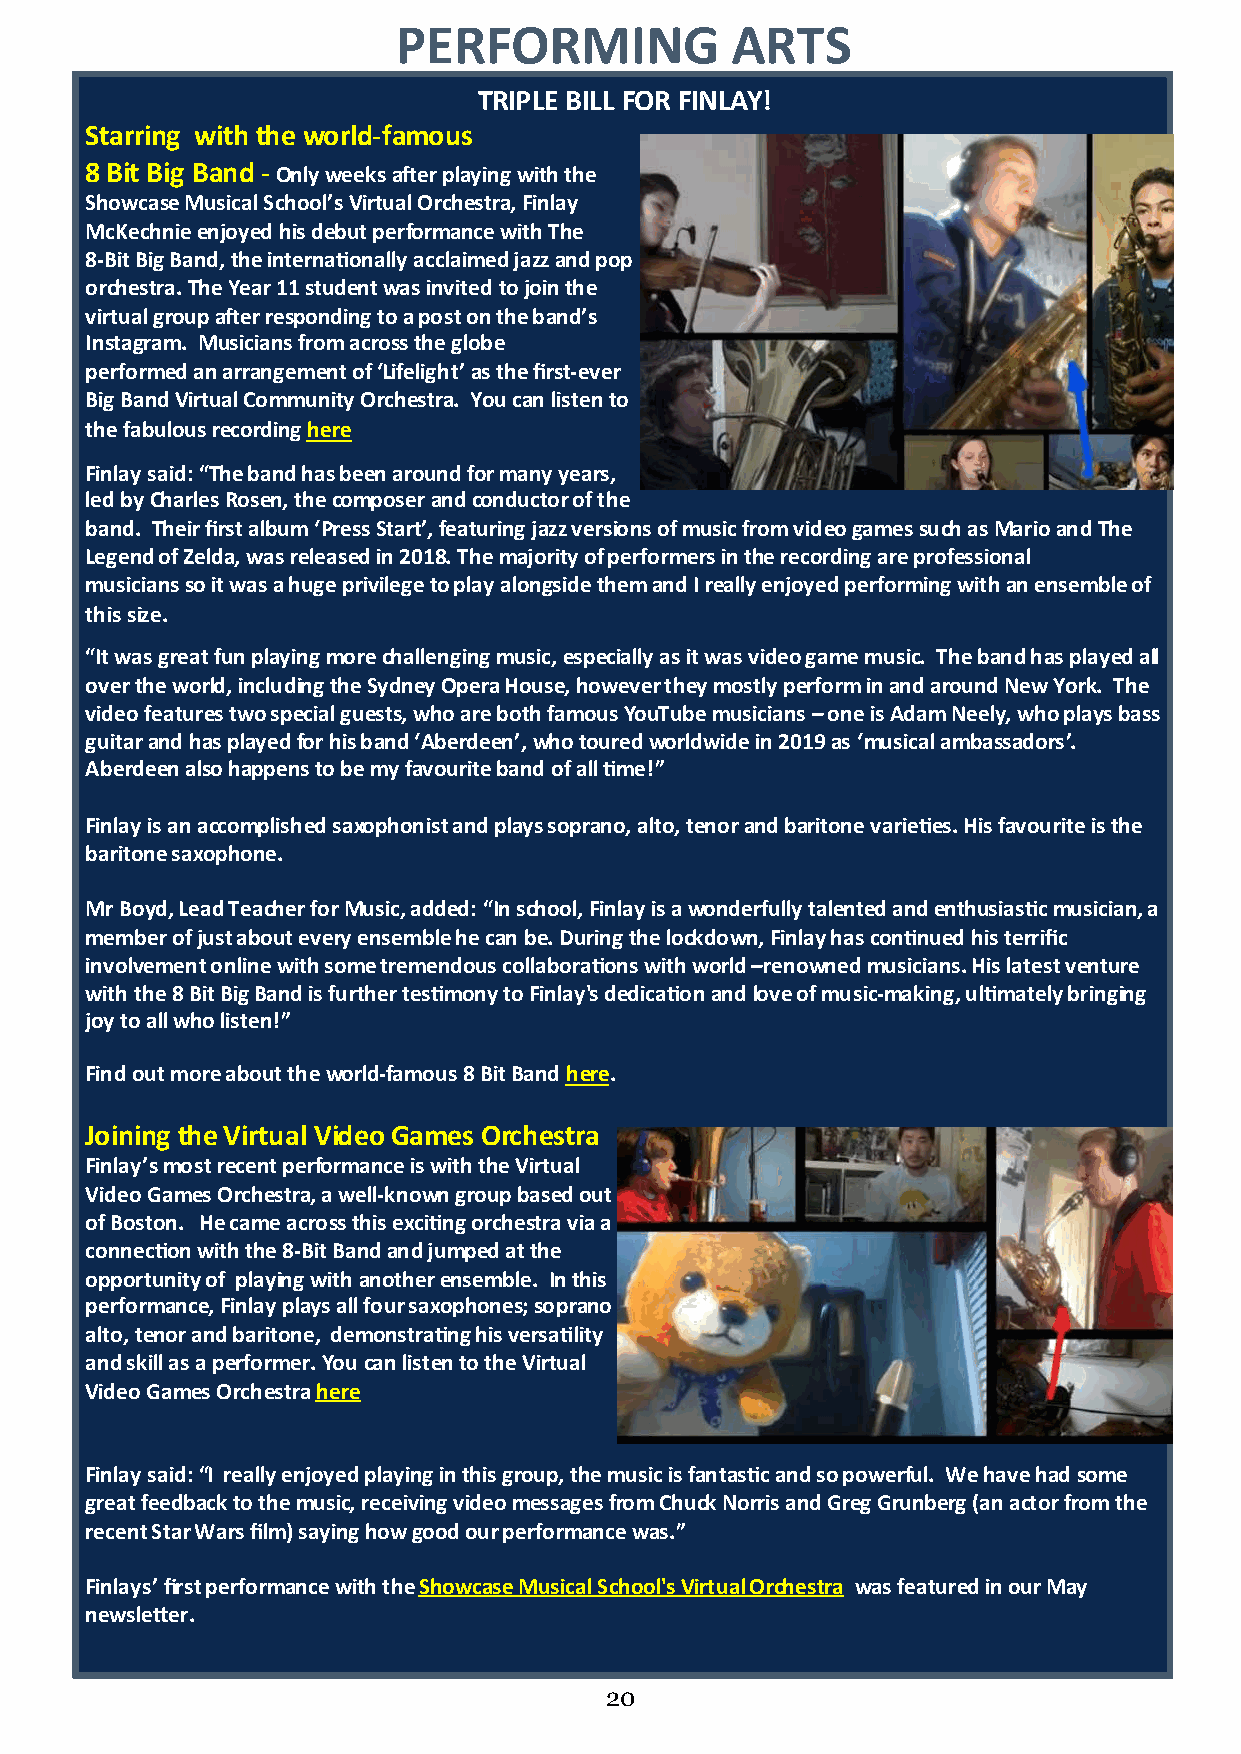
PERFORMING            ARTS
 20202020202020
 TRIPLE BILL FOR FINLAY!
 -
 Starring with the world famous
 -
 8 Bit Big Band Only weeks after playing with the
 Showcase Musical School’s Virtual Orchestra, Finlay
 McKechnie enjoyed his debut performance with The
 -
 8 Bit Big Band, the internationally acclaimed jazz and pop
 orchestra. The Year 11 student was invited to join the
 virtual group after responding to a post on the band’s
 Instagram. Musicians from across the globe
 -
 performed an arrangement of ‘Lifelight’ as the first ever
 Big Band Virtual Community Orchestra. You can listen to
 the fabulous recording here
 Finlay said: “The band has been around for many years,
 led by Charles Rosen, the composer and conductor of the
 band. Their first album ‘Press Start’, featuring jazz versions of music from video games such as Mario and The
 Legend of Zelda, was released in 2018. The majority of performers in the recording are professional
 musicians so it was a huge privilege to play alongside them and I really enjoyed performing with an ensemble of
 this size.
 “It was great fun playing more challenging music, especially as it was video game music. The band has played all
 over the world, including the Sydney Opera House, however they mostly perform in and around New York. The
 video features two special guests, who are both famous YouTube musicians – one is Adam Neely, who plays bass
 guitar and has played for his band ‘Aberdeen’, who toured worldwide in 2019 as ‘musical ambassadors’.
 Aberdeen also happens to be my favourite band of all time!”
 Finlay is an accomplished saxophonist and plays soprano, alto, tenor and baritone varieties. His favourite is the
 baritone saxophone.
 Mr Boyd, Lead Teacher for Music, added: “In school, Finlay is a wonderfully talented and enthusiastic musician, a
 memberof just about every ensemble he can be. During the lockdown, Finlay has continued his terrific
 involvement online with some tremendous collaborations with world –renowned musicians. His latest venture
 -
 with the 8 Bit Big Band is further testimonyto Finlay's dedication and love of musicmaking, ultimately bringing
 joy to all who listen!”
 -
 Find out more about the worldfamous 8 Bit Band here.
 Joining the Virtual Video Games Orchestra
 Finlay’s most recent performance is with the Virtual
 -
 Video Games Orchestra, a wellknown group based out
 of Boston. He came across this exciting orchestra via a
 -
 connection with the 8 Bit Band and jumped at the
 opportunity of playing with another ensemble. In this
 performance, Finlay plays all four saxophones; soprano
 alto, tenor and baritone, demonstrating his versatility
 and skill as a performer. You can listen to the Virtual
 Video Games Orchestra here
 Finlay said: “I really enjoyed playing in this group, the music is fantastic and so powerful. We have had some
 great feedback to the music, receiving video messages from Chuck Norris and Greg Grunberg (an actor from the
 recent Star Wars film) saying how good our performance was.”
 Finlays’ first performance with the Showcase Musical School's Virtual Orchestra was featured in our May
 newsletter.
 20